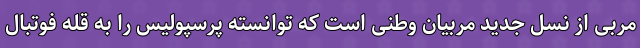
مربی از نسل جدید مربیان وطنی است که توانسته پرسپولیس را به قله فوتبال